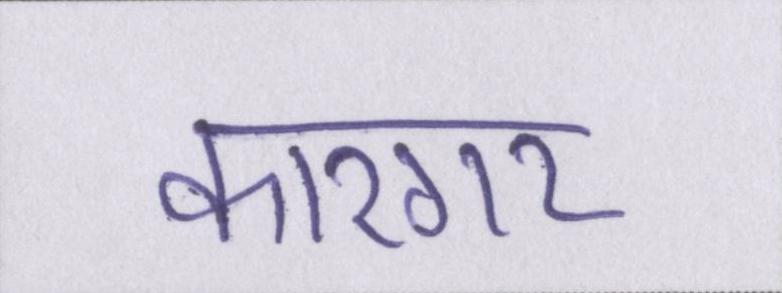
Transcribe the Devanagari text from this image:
कारगर